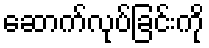
ဆောက်လုပ်ခြင်းကို